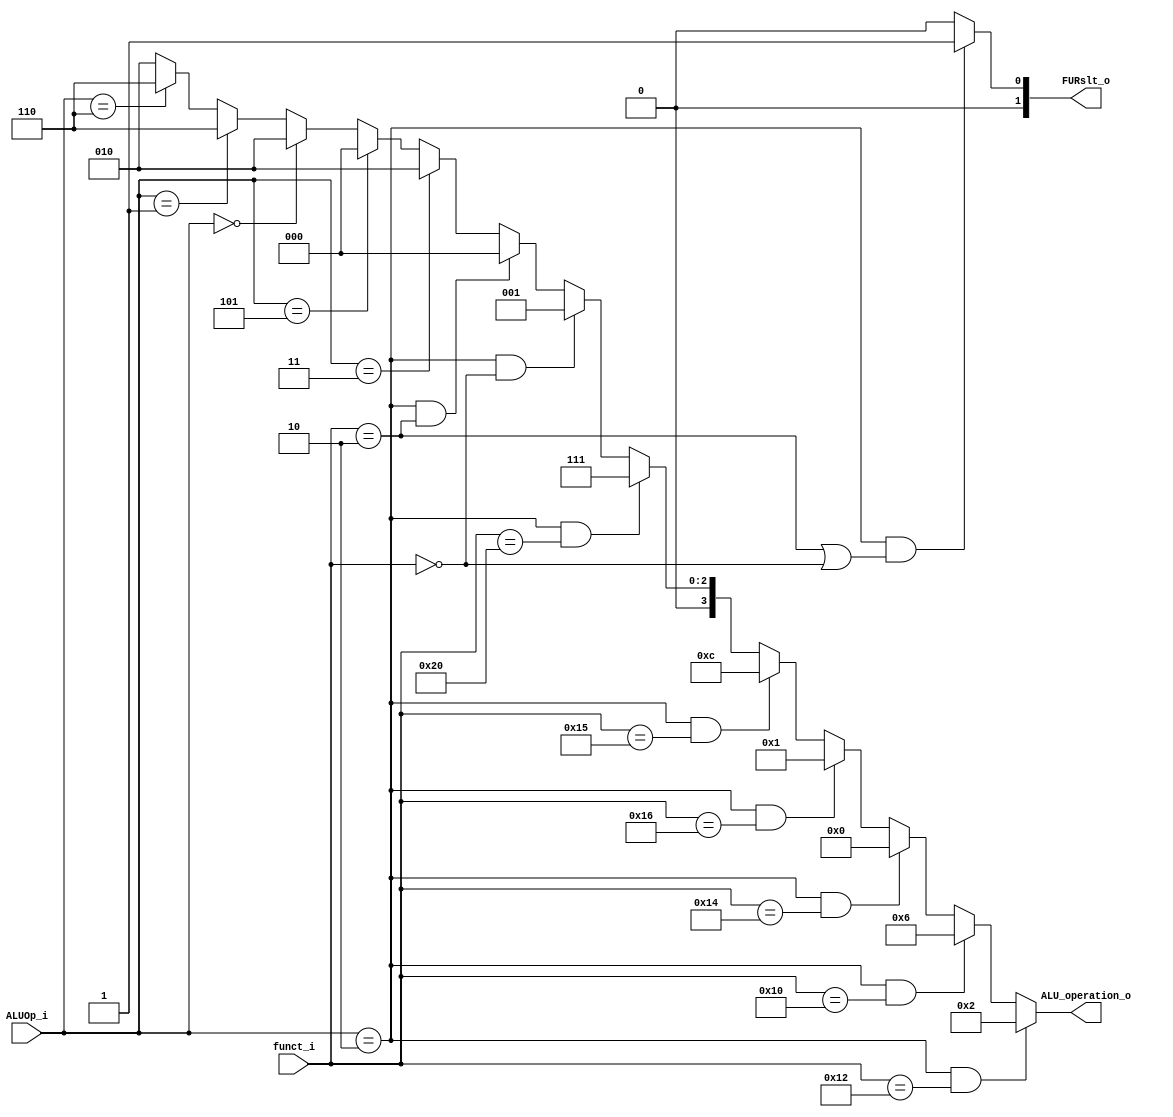
module ALU_Ctrl( funct_i, ALUOp_i, ALU_operation_o, FURslt_o );

//I/O ports 
input      [6-1:0] funct_i;
input      [3-1:0] ALUOp_i;

output     [4-1:0] ALU_operation_o;  
output     [2-1:0] FURslt_o;
     
//Internal Signals
wire		[4-1:0] ALU_operation_o;
wire		[2-1:0] FURslt_o;

//Main function
assign ALU_operation_o = 

    (ALUOp_i == 3'b010 && funct_i == 6'b010010) ? 4'b0010 : // add
    (ALUOp_i == 3'b010 && funct_i == 6'b010000) ? 4'b0110 : // sub
    (ALUOp_i == 3'b010 && funct_i == 6'b010100) ? 4'b0000 : // and
    (ALUOp_i == 3'b010 && funct_i == 6'b010110) ? 4'b0001 : // or
    (ALUOp_i == 3'b010 && funct_i == 6'b010101) ? 4'b1100 : // nor 
    (ALUOp_i == 3'b010 && funct_i == 6'b100000) ? 4'b0111 : // slt
    (ALUOp_i == 3'b010 && funct_i == 6'b000000) ? 4'b0001 : // sll
    (ALUOp_i == 3'b010 && funct_i == 6'b000010) ? 4'b0000 : // srl

    (ALUOp_i == 3'b011) ? 4'b0010 : // addi
    (ALUOp_i == 3'b101) ? 4'b0000 : // not used
    (ALUOp_i == 3'b000) ? 4'b0010 : // lw sw 
    (ALUOp_i == 3'b001) ? 4'b0110 : // beq
    (ALUOp_i == 3'b110) ? 4'b0110 : // bne
                          4'b0010 ; // j
    


assign FURslt_o = (ALUOp_i == 3'b010) && (funct_i == 6'b000010 || funct_i == 6'b000000) ? 2'b01 : 2'b00;


endmodule